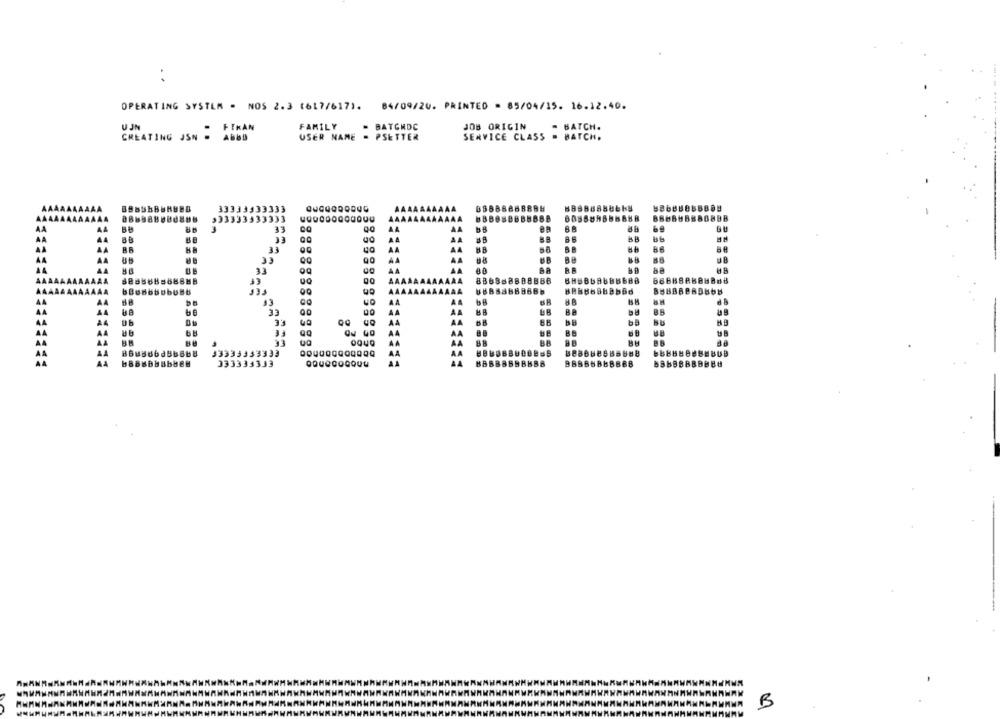
:
OPERATING SYSTEM - NOS 2.3 1617/6171. 84/09/20. PRINTED - 85/04/15. 16.12.40.
FIKAN
FAMILY
- BATCHDC
JOB ORIGIN
- BATCH.
CREATING JSN - ABBD
USER NAME = PSETTER
SERVICE CLASS = BATCH.
AA
AA
AA
AA
AA
AB308888
AA
A4
BBBBBBBB8H
333333333
B